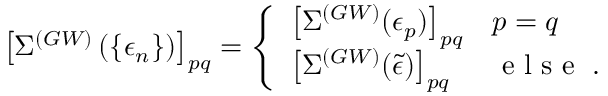
\left[ \Sigma ^ { ( G W ) } \left( \left\{ \epsilon _ { n } \right\} \right) \right] _ { p q } = \left\{ \begin{array} { l l } { \left[ \Sigma ^ { ( G W ) } ( \epsilon _ { p } ) \right] _ { p q } } & { p = q } \\ { \left[ \Sigma ^ { ( G W ) } ( \tilde { \epsilon } ) \right] _ { p q } } & { \mathrm { ~ e ~ l ~ s ~ e ~ } \; . } \end{array} \right.